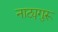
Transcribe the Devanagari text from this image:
नाट्यगुरू